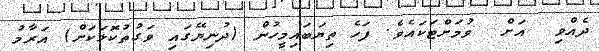
ދެއްވި  އަށް  ވުމަށްޓަކައެވެ. ފަހެ ތިޔަބައިމީހުން (ދުނިޔޭގައި ވަގުތުކޮޅަކަށް) އަރާމު